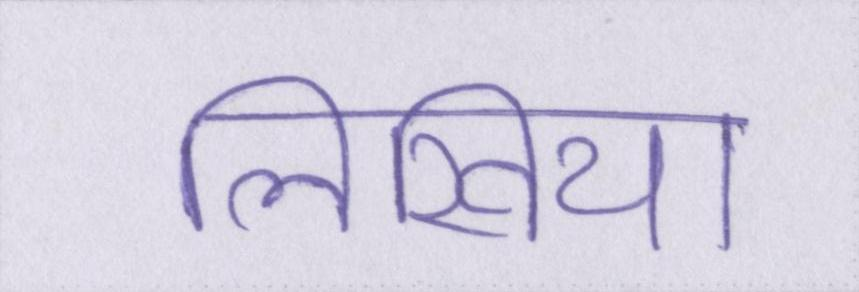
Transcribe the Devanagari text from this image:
लिखिया